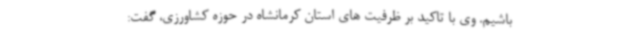
باشیم. وی با تاکید بر ظرفیت های استان کرمانشاه در حوزه کشاورزی، گفت: